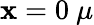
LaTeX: \mathbf{x}=0~\mu